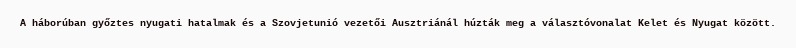
A háborúban győztes nyugati hatalmak és a Szovjetunió vezetői Ausztriánál húzták meg a választóvonalat Kelet és Nyugat között.